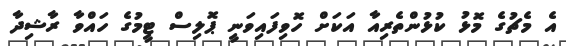
އެ މެޗުގެ މޮޅު ކުޅުންތެރިއާ އަކަށް ހޮވިފައިވަނީ ޕޮލިސް ޓީމުގެ ހައްވާ ރާޝިދާ